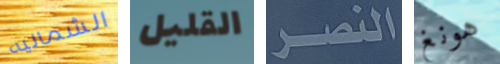
الشماليه القليل النصر هونغ